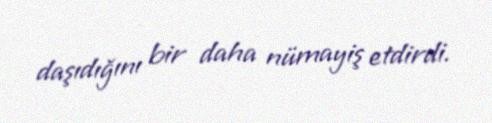
daşıdığını bir daha nümayiş etdirdi.